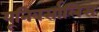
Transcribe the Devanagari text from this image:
यूनिवर्सालिस